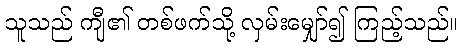
သူသည် ကျီ၏ တစ်ဖက်သို့ လှမ်းမျှော်၍ ကြည့်သည်။